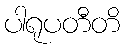
ပါရုပတီတိ